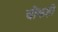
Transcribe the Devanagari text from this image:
चीकही